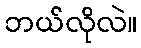
ဘယ်လိုလဲ။